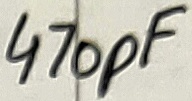
Text: 470pF